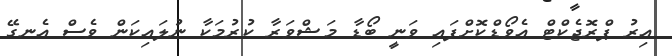
އިރު ޕްރޮޖެކްޓް އެވޯޑްކޮށްފައި ވަނީ ބޯޑާ މަޝްވަރާ ކުރުމަކާ ނުލައިކަން ވެސް އެނގޭ